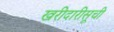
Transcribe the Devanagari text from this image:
खरीदारीसूची